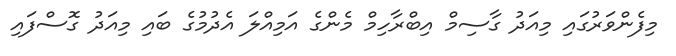
މިފެންވަރުގައި މިއަދު ގާސިމް އިބްރާހިމް މެންގެ އަމިއްލަ އެދުމުގެ ބައި މިއަދު ގޮސްފައި